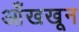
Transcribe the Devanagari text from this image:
आँखखून